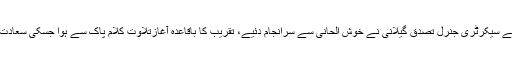
تقریب کی صدارت بزمِ ریاض کے صدر ریاض راٹھور نے کی جبکہ نظامت کے فرائض بزم کے سیکرٹری جنرل تصدق گیلانی نے خوش الحانی سے سرانجام دئیے، تقریب کا باقاعدہ آغازتلاوتِ کلام پاک سے ہوا جسکی سعادت ڈاکٹر محمود باجوہ کو حاصل ہوئی جبکہ ہدیہ نعتِ رسولِ مقبولؐ ڈاکٹر سعید احمد وینس پیش کیا۔